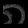
Digit: ၈